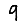
Digit: 9